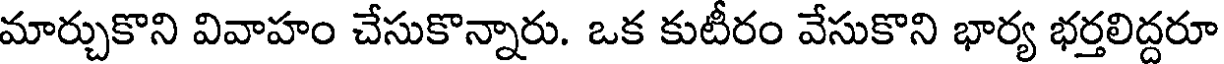
మార్చుకొని వివాహం చేసుకొన్నారు. ఒక కుటీరం వేసుకొని భార్య భర్తలిద్దరూ